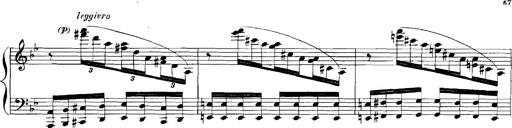
Title: Rhapsodies hongroises
Composer: Franz Liszt